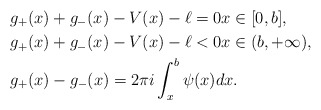
\begin{align*}&g_+(x) + g_-(x) - V(x)-\ell = 0 x\in[0,b] ,\\&g_+(x) + g_-(x) - V(x)-\ell < 0 x\in (b,+\infty), \\&g_+(x) - g_-(x) = 2\pi i \int^{b}_x \psi(x) dx.\end{align*}